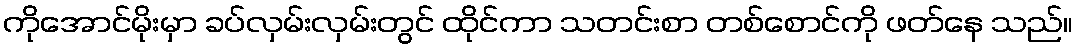
ကိုအောင်မိုးမှာ ခပ်လှမ်းလှမ်းတွင် ထိုင်ကာ သတင်းစာ တစ်စောင်ကို ဖတ်နေ သည်။